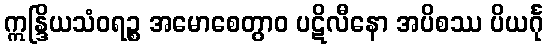
ဣန္ဒြိယသံဝရဉ္စ အမောစေတွာဝ ပဋိလီနော အပိစဿ ပိယင်္ဂု